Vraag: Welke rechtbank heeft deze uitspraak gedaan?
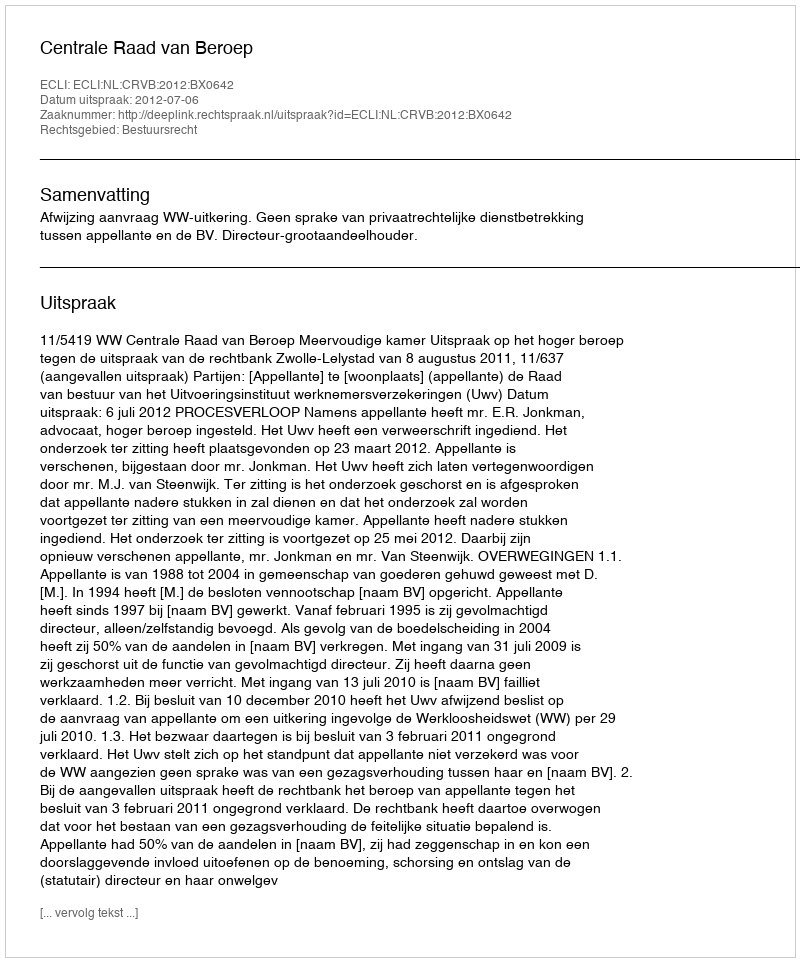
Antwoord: Centrale Raad van Beroep